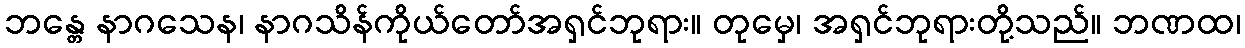
ဘန္တေ နာဂသေန၊ နာဂသိန်ကိုယ်တော်အရှင်ဘုရား။ တုမှေ၊ အရှင်ဘုရားတို့သည်။ ဘဏထ၊